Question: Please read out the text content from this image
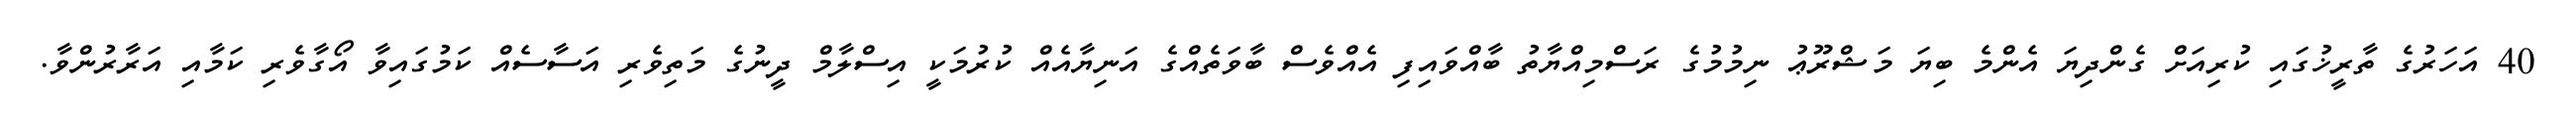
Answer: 40 އަހަރުގެ ތާރީޚުގައި ކުރިއަށް ގެންދިޔަ އެންމެ ބިޔަ މަޝްރޫޢު ނިމުމުގެ ރަސްމިއްޔާތު ބާއްވައިފި އެއްވެސް ބާވަތެއްގެ އަނިޔާއެއް ކުރުމަކީ އިސްލާމް ދީނުގެ މަތިވެރި އަސާސެއް ކަމުގައިވާ އޯގާވެރި ކަމާއި އަރާރުންވާ.